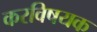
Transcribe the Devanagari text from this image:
करविषयक